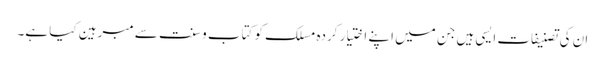
ان کی تصنیفات ایسی ہیں جن میں اپنے اختیار کردہ مسلک کو کتاب و سنت سے مبرہین کیا ہے۔